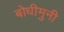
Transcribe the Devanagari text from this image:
बोधीमुनी